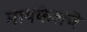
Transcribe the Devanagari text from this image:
मायकेलचे